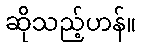
ဆိုသည့်ဟန်။